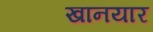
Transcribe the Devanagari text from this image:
खानयार